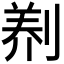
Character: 𭃻